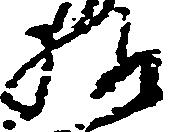
様